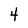
Character: 4